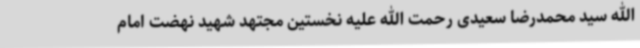
الله سید محمدرضا سعیدی رحمت الله علیه نخستین مجتهد شهید نهضت امام